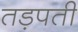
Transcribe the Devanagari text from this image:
तड़पती